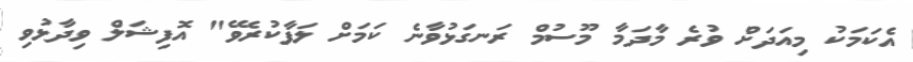
އެކަމަކު މިއަދަށް ވުރެ މާދަމާ މޫސުމް ރަނގަޅުވާނެ ކަމަށް ލަފާކުރެވޭ" އޮފިޝަލް ވިދާޅުވި